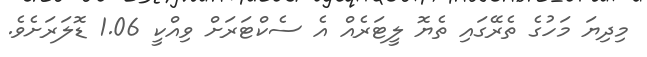
މިދިޔަ މަހުގެ ތެރޭގައި ތެޔޮ ލީޓަރެއް އެ ސެކްޓަރަށް ވިއްކީ 1.06 ޑޮލަރަށެވެ.